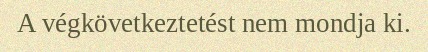
A végkövetkeztetést nem mondja ki.